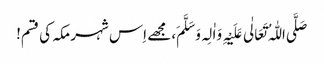
صَلَّی اللّٰہُ تَعَالٰی عَلَیْہِ وَاٰلِہ وَ سَلَّمَ، مجھے اِس شہر مکہ کی قسم!